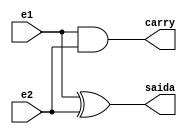
// ---------------------
// Guia 05_03 - Produto completo de dois valores binrioscom trs bits cada.
// Nome: Anderson Belchior de Carvalho
// ---------------------

module meiasoma(saida,carry,e1,e2);
output saida,carry;
input e1,e2;

xor xor1 (saida,e1,e2);
and and1 (carry,e1,e2);

endmodule


module somacompleta (soma,carryout,e1,e2,carryin);
output soma,carryout;
input e1,e2,carryin;
wire carry2;

meiasoma MeiaSoma1 (saida,carry,e1,e2);
meiasoma MeiaSoma2 (soma,carry2,saida,carryin);
or OR1 (carryout,carry2,carry);


endmodule


module Somador4bits(saida,carryout,e1,e2);

output [3:0]saida;
output carryout;
input [3:0]e1,e2;
wire carryout1,carryout2,carryout3;

meiasoma MEIASOMA (saida[0],carryout1,e1[0],e2[0]);
somacompleta SOMACOMPLETA1 (saida[1],carryout2,e1[1],e2[1],carryout1);
somacompleta SOMACOMPLETA2 (saida[2],carryout3,e1[2],e2[2],carryout2);
somacompleta SOMACOMPLETA3 (saida[3],carryout,e1[3],e2[3],carryout3);

endmodule

module Multiplicador3bits(saidadefinitiva,s0,carryout,e1,e2);

output [3:0]saidadefinitiva;
output carryout;
output s0;
input [3:0]e1,e2;
wire [3:0]a,b,temp2,saida;
wire carryout1;


and AND13 (s0,e1[0],e2[0]);
and AND2 (b[0],e1[0],e2[1]);
and AND3 (b[1],e1[1],e2[1]);
and AND4 (b[2],e1[2],e2[1]);
and AND12 (b[3],0,0);
and AND5 (a[0],e1[1],e2[0]);
and AND10 (a[1],0,0);
and AND11 (a[2],0,0);
and AND6 (a[3],e1[2],e2[1]);

and AND7 (temp2[0],e1[2],e2[2]);
and AND8 (temp2[1],e1[1],e2[2]);
and AND9 (temp2[2],e1[0],e2[2]);
and AND14 (temp2[3],0,0);

Somador4bits SOMADOR1(saida,carryout1,a,b);
Somador4bits SOMADOR2(saidadefinitiva,carryout,saida,temp2);


endmodule


module testmultiplicador3bits;
reg [3:0]e1,e2;
wire [3:0]saidadefinitiva;
wire carryout;
integer i,j;
 
Multiplicador3bits MULTIPLICADOR(saidadefinitiva,s0,carryout,e1,e2);

initial begin: start
		e1=0; e2=0;
end


	initial begin:main

      $display("\nguia05_03 - Anderson Belchior de Carvalho - 396673\n");
		$display("Circuito Multiplicador com 3 bits ");
		#1 $display(" e1 + e2 = carry   saida ");
		#1 $monitor(" %4b + %4b = %b    %4b%b", e1,e2,carryout,saidadefinitiva,s0);

		for( i=0; i<=7; i = i+1 )
		begin
			e1 = i;
			for ( j=0; j<=7; j = j+1 )
			begin
				#1 e2 = j;
			end
		end

	end

endmodule //fim guia05_03